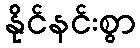
နိုင်နင်းစွာ